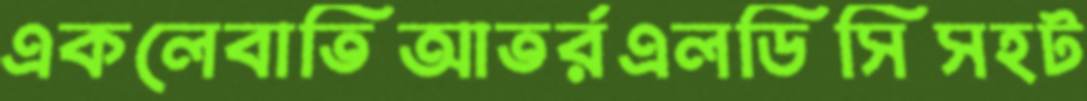
একলেবাতিআতর্রএলডিসিসহট